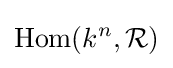
\mathrm {Hom} (k^{n},{\mathcal {R}})